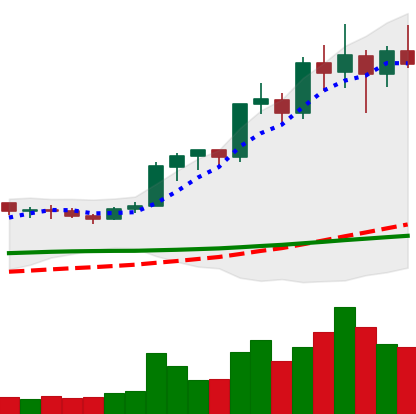
Ticker: LINK-USD
Chart end date: 2020-02-19
Forward return: -11.08%
Label: down_7plus